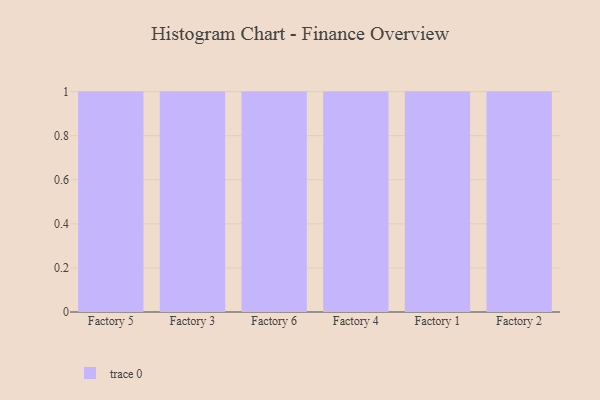
{"axis": {"x": "Factory", "y": "Production Output"}, "legend": [""], "data": [{"x": "Factory 5", "y": 81, "type": ""}, {"x": "Factory 3", "y": 10, "type": ""}, {"x": "Factory 6", "y": 93, "type": ""}, {"x": "Factory 4", "y": 81, "type": ""}, {"x": "Factory 1", "y": 54, "type": ""}, {"x": "Factory 2", "y": 100, "type": ""}]}